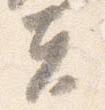
夫